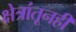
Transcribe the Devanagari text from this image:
क्षेत्रांतूनही